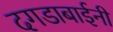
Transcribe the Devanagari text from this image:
दगडाबाईनी